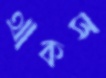
থাকস